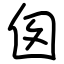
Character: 囱